Annual report on the Civil Veterinary Department, Burma (including the Insein Veterinary School) - 1932-1941
Year: 1932
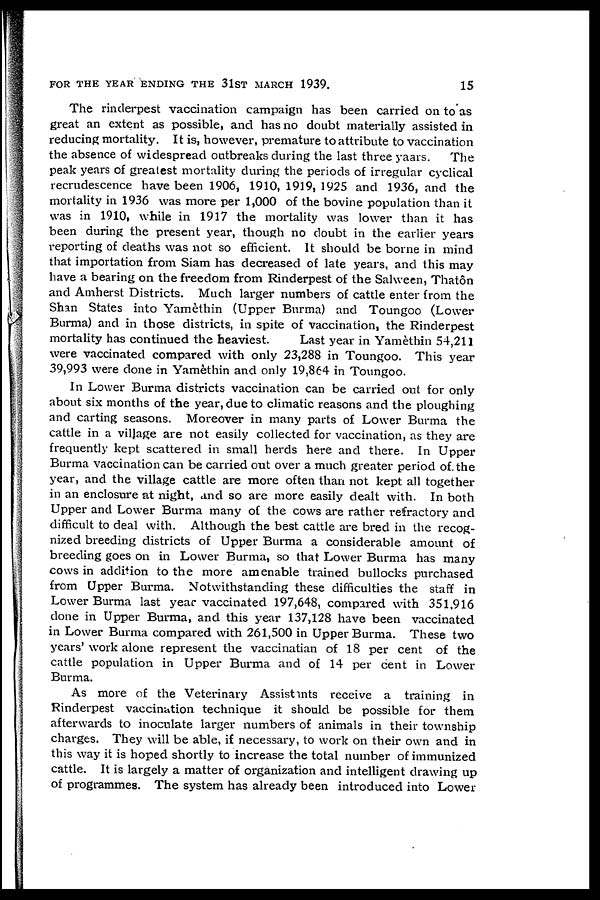
FOR THE YEAR ENDING THE 3lST MARCH 1939.
15
The rinderpest vaccination campaign has been carried on to as
great an extent as possible, and has no doubt materially assisted in
reducing mortality. It is, however, premature to attribute to vaccination
the absence of widespread outbreaks during the last three yaars.
The
peak years of greatest mortality during the periods of irregular cyclical
recrudescence have been 1906, 1910, 1919, 1925 and 1936, and the
mortality in 1936 was more per 1,000 of the bovine population than it
was in 1910, while in 1917 the mortality was lower than it has
been during the present year, though no doubt in the earlier years
reporting of deaths was not so efficient. It should be borne in mind
that importation from Siam has decreased of late years, and this may
have a bearing on the freedom from Rinderpest of the Salween, Thatôn
and Amherst Districts. Much larger numbers of cattle enter from the
Shan States into Yamèthin (Upper Burma) and Toungoo (Lower
Burma) and in those districts, in spite of vaccination, the Rinderpest
mortality has continued the heaviest.
Last year in Yamèthin 54,211
were vaccinated compared with only 23,288 in Toungoo. This year
39,993 were done in Yamethin and only 19,864 in Toungoo.
In Lower Burma districts vaccination can be carried out for only
about six months of the year, due to climatic reasons and the ploughing
and carting seasons. Moreover in many parts of Lower Burma the
cattle in a village are not easily collected for vaccination, as they are
frequently kept scattered in small herds here and there. In Upper
Burma vaccination can be carried out over a much greater period of the
year, and the village cattle are more often than not kept all together
in an enclosure at night, and so are more easily dealt with. In both
Upper and Lower Burma many of the cows are rather refractory and
difficult to deal with. Although the best cattle are bred in the recog-
nized breeding districts of Upper Burma a considerable amount of
breeding goes on in Lower Burma, so that Lower Burma has many
cows in addition to the more amenable trained bullocks purchased
from Upper Burma. Notwithstanding these difficulties the staff in
Lower Burma last year vaccinated 197,648, compared with 351,916
done in Upper Burma, and this year 137,128 have been vaccinated
in Lower Burma compared with 261,500 in Upper Burma. These two
years' work alone represent the vaccinatian of 18 per cent of the
cattle population in Upper Burma and of 14 per cent in Lower
Burma.
As more of the Veterinary Assistants receive a training in
Rinderpest vaccination technique it should be possible for them
afterwards to inoculate larger numbers of animals in their township
charges. They will be able, if necessary, to work on their own and in
this way it is hoped shortly to increase the total number of immunized
cattle. It is largely a matter of organization and intelligent drawing up
of programmes. The system has already been introduced into Lower